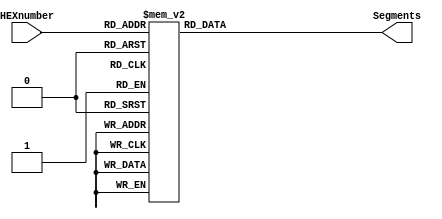
module HEXto7Segment(HEXnumber,Segments);
	input [3:0] HEXnumber;
	output reg [7:0] Segments;

	always @ (HEXnumber)
		case (HEXnumber)
		0:	Segments <= 8'B11000000;
		1:	Segments <= 8'B11111001;
		2:	Segments <= 8'B10100100;
		3:	Segments <= 8'B10110000;
		4:	Segments <= 8'B10011001;
		5:	Segments <= 8'B10010010;
		6:	Segments <= 8'B10000010;
		7:	Segments <= 8'B11111000;
		8:	Segments <= 8'B10000000;
		9:	Segments <= 8'B10010000;
		10: Segments <= 8'B10001000;
		11: Segments <= 8'B10000011;
		12: Segments <= 8'B11000110;
		13: Segments <= 8'B10100001;
		14: Segments <= 8'B10000110;
		15: Segments <= 8'B10001110;
		default:	Segments <= 8'B00000000;
		endcase

endmodule